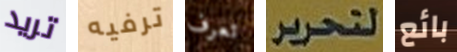
تريد ترفيه تعرف لتحرير بائع